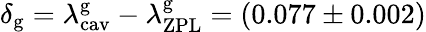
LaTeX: \delta_{\mathrm{g}}=\lambda_{\mathrm{cav}}^{\mathrm{g}}-\lambda_{\mathrm{ZPL}}^{\mathrm{g}}=(0.077\pm 0.002)